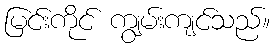
မြင်းကိုင် ကျွမ်းကျင်သည်။